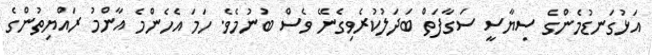
އަޅުގަނޑުމެންގެ ސިޔާސީ ސަގާފަތް ބަދަލުކުރެވިގެނޭ ވެސް ބުނުމެވެ. ހަމަ އެހެންމެ އާންމު ރައްޔިތުންގެ